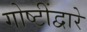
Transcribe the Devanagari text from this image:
गोष्टींद्वारे